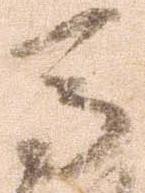
馬